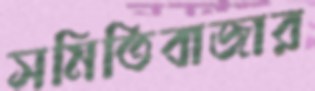
সমিতিবাজার